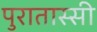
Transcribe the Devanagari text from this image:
पुरातास्सी